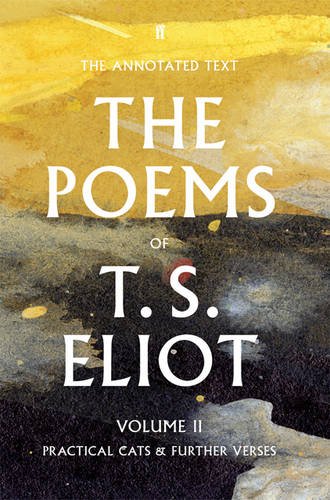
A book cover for The Poems of T. S. Eliot: Practical Cats and Further Verses (Volume 2); T. S. Eliot; Literature & Fiction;